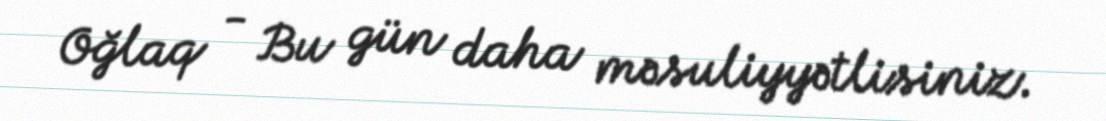
Oğlaq - Bu gün daha məsuliyyətlisiniz.